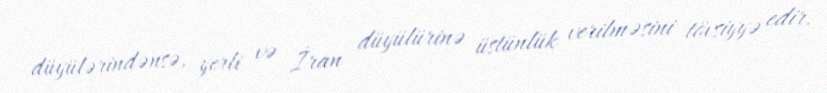
düyülərindənsə, yerli və İran düyülürinə üstünlük verilməsini tövsiyyə edir.